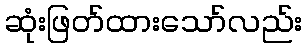
ဆုံးဖြတ်ထားသော်လည်း